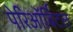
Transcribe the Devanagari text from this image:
पेरिऑर्बिटल